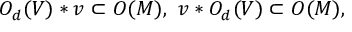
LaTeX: O _ { d } ( V ) * v \subset O ( M ) , \, \, v * O _ { d } ( V ) \subset O ( M ) ,